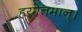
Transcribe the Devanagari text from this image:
हयोत्तमान्।